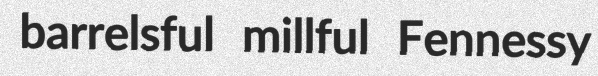
barrelsful millful Fennessy